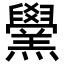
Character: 𦏗